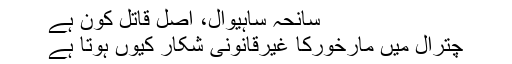
سانحہ ساہیوال، اصل قاتل کون ہے
چترال میں مارخورکا غیرقانونی شکار کیوں ہوتا ہے